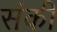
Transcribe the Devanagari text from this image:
संकी